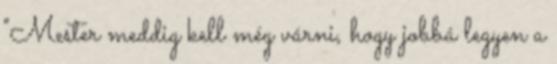
"Mester meddig kell még várni, hogy jobbá legyen a